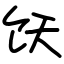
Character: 饫